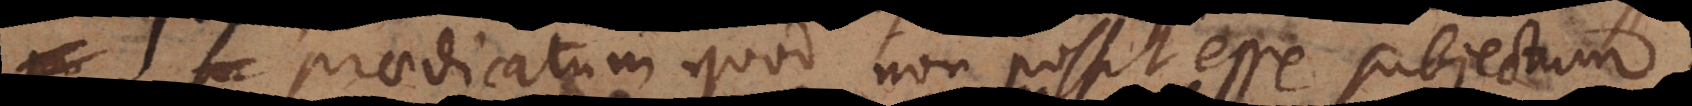
aedicatum quod non possit esse subjectum